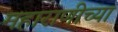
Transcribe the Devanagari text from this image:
महाराणीच्या